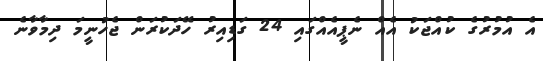
އެ އުމުރުގެ ކުއްޖަކު އެއް ނެޕީއެއްގައި 24 ގަޑިއިރު ހޭދަކުރަން ޖެހުނީމަ ދިމާވާނެ